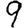
Digit: 9